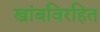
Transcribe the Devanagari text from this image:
खांबविरहित